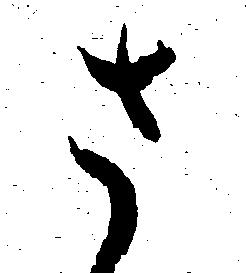
さ